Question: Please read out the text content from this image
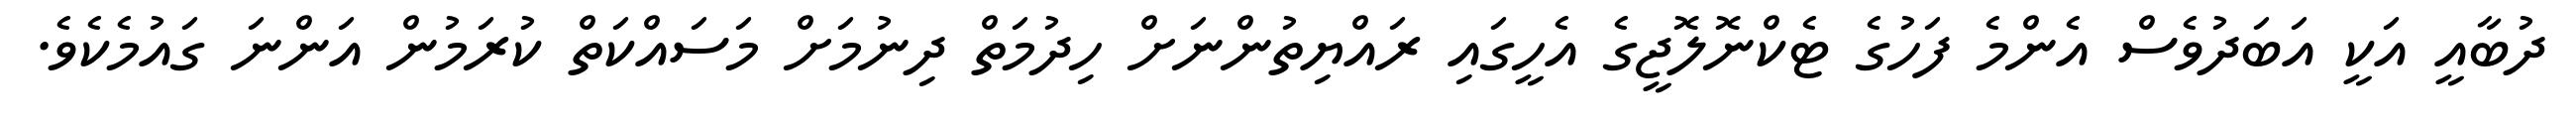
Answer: ދުބާއީ އަކީ އަބަދުވެސް އެންމެ ފަހުގެ ޓެކްނޮލޮޖީގެ އެހީގައި ރައްޔިތުންނަށް ހިދުމަތް ދިނުމަށް މަސައްކަތް ކުރަމުން އަންނަ ގައުމެކެވެ.